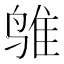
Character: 𱊅